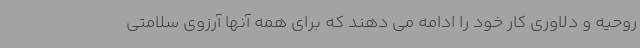
روحیه و دلاوری کار خود را ادامه می دهند که برای همه آنها آرزوی سلامتی